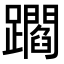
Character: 𨇝